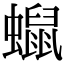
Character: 𧒑